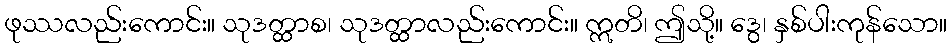
ဖုဿလည်းကောင်း။ သုဒတ္ထာစ၊ သုဒတ္ထာလည်းကောင်း။ ဣတိ၊ ဤသို့။ ဒွေ၊ နှစ်ပါးကုန်သော။